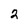
Character: 2